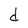
Character: d